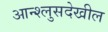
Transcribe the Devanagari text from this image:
आन्श्लुसदेखील